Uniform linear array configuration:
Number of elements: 16
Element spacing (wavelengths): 1
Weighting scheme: blackman
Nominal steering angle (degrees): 45
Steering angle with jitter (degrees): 45.907
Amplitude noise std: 0.05
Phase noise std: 0.05

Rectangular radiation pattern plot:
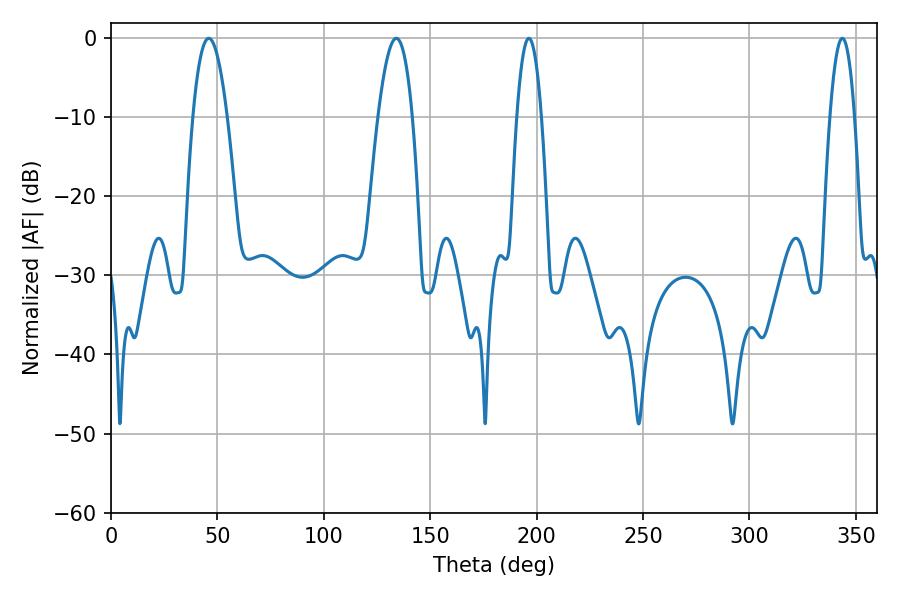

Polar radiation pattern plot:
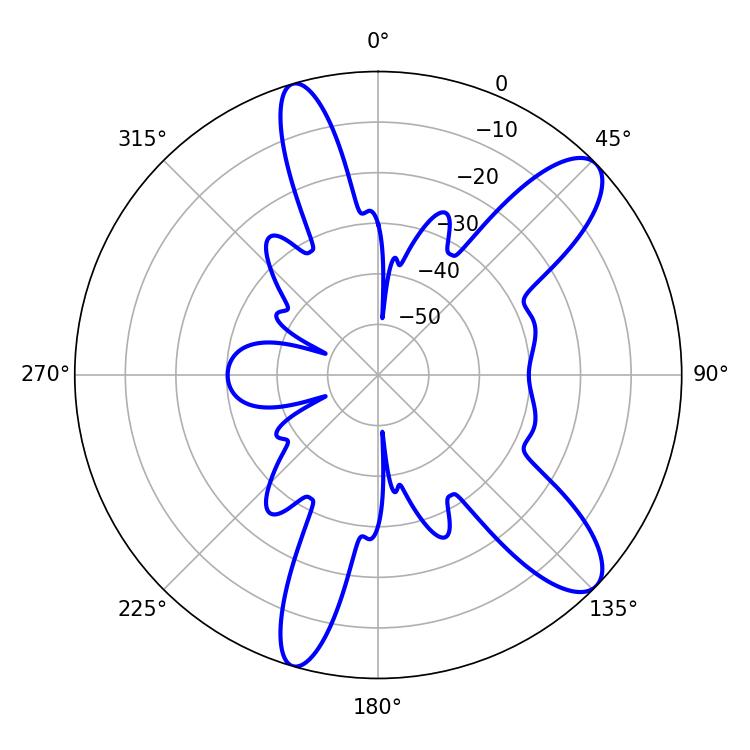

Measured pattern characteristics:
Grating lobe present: TRUE
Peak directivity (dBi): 10.616
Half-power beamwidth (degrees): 8.82
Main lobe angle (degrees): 45.9